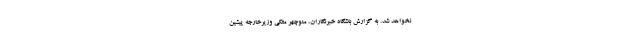
نخواهد شد. به گزارش باشگاه خبرنگاران، منوچهر متکی وزیرخارجه پیشین